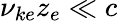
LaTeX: \nu_{ke}z_{e}\ll c